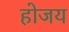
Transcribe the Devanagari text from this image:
होजय